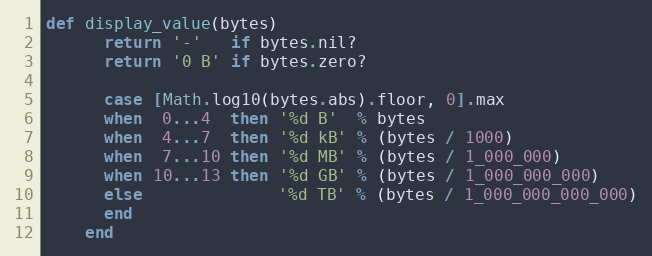
Language: Ruby
def display_value(bytes)
      return '-'   if bytes.nil?
      return '0 B' if bytes.zero?

      case [Math.log10(bytes.abs).floor, 0].max
      when  0...4  then '%d B'  % bytes
      when  4...7  then '%d kB' % (bytes / 1000)
      when  7...10 then '%d MB' % (bytes / 1_000_000)
      when 10...13 then '%d GB' % (bytes / 1_000_000_000)
      else              '%d TB' % (bytes / 1_000_000_000_000)
      end
    end